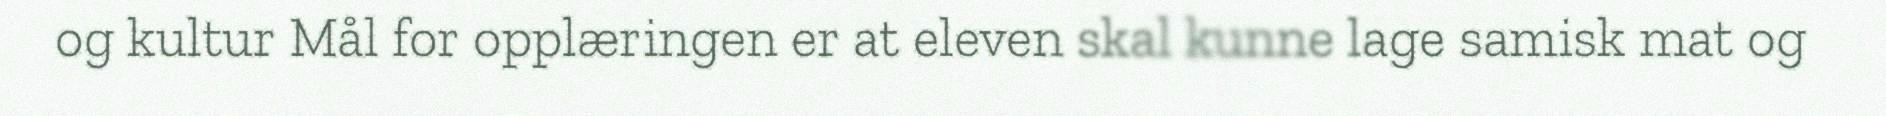
og kultur Mål for opplæringen er at eleven skal kunne lage samisk mat og